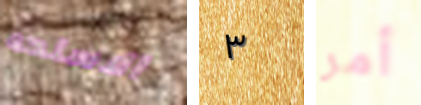
الاسلحه ٣ أمر